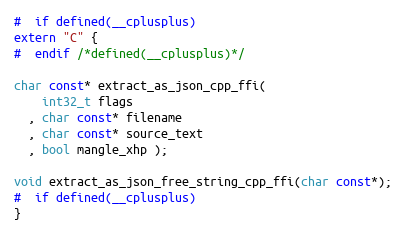
Language: C
#  if defined(__cplusplus)
extern "C" {
#  endif /*defined(__cplusplus)*/

char const* extract_as_json_cpp_ffi(
    int32_t flags
  , char const* filename
  , char const* source_text
  , bool mangle_xhp );

void extract_as_json_free_string_cpp_ffi(char const*);
#  if defined(__cplusplus)
}